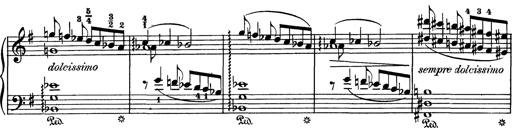
Title: AnnÃ©es de pÃ¨lerinage I
Composer: Franz Liszt